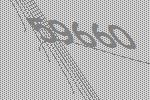
59660